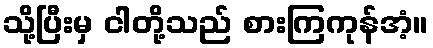
သို့ပြီးမှ ငါတို့သည် စားကြကုန်အံ့။